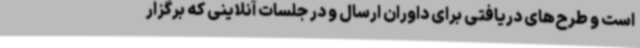
است و طرح‌های دریافتی برای داوران ارسال و در جلسات آنلاینی که برگزار